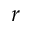
r